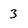
Character: 3